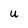
Character: u